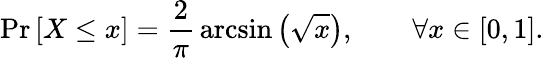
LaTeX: \operatorname*{Pr}\left[X\leq x\right]={\frac{2}{\pi}}\arcsin\left({\sqrt{x}}\right),\qquad\forall x\in[0,1].